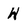
Character: H